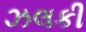
ઝલકી